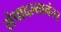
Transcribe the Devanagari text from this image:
संपादल्यानंतर